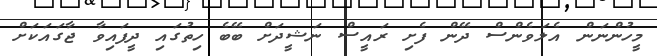
މީހުންނަން އެލަވެންސް ދޭން ފެށި ރައީސް ނަޝީދަށް ބޭބެ ހިތުގައި ދީފައިވާ ޖާގައަކަށް